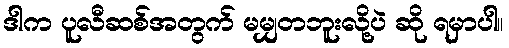
ဒါက ပူလီဆစ်အတွက် မမျှတဘူးလို့ပဲ ဆို ရမှာပါ။